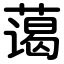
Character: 蔼